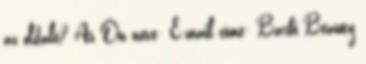
az oldalt? Az Ön neve: E-mail címe: Barbi Beauty